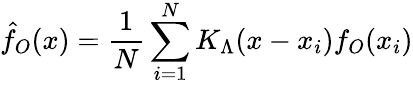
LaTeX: \hat{f}_{O}(x)=\frac{1}{N}\sum_{i=1}^{N}K_{\Lambda}(x-x_{i})f_{O}(x_{i})